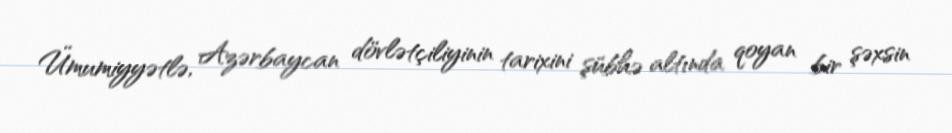
Ümumiyyətlə, Azərbaycan dövlətçiliyinin tarixini şübhə altında qoyan bir şəxsin